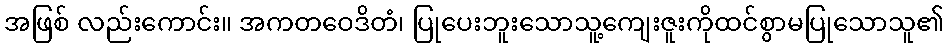
အဖြစ် လည်းကောင်း။ အကတဝေဒိတံ၊ ပြုပေးဘူးသောသူ့ကျေးဇူးကိုထင်စွာမပြုသောသူ၏